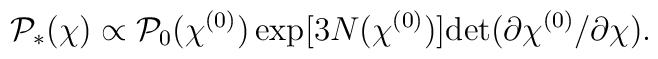
{\cal P}_*(\chi) \propto {\cal P}_0(\chi^{(0)})\exp[3N(\chi^{(0)})]{\rm det}(\partial\chi^{(0)}/\partial\chi).